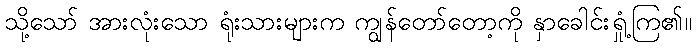
သို့သော် အားလုံးသော ရုံးသားများက ကျွန်တော်တော့ကို နှာခေါင်းရှုံ့ကြ၏။